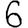
Digit: 6